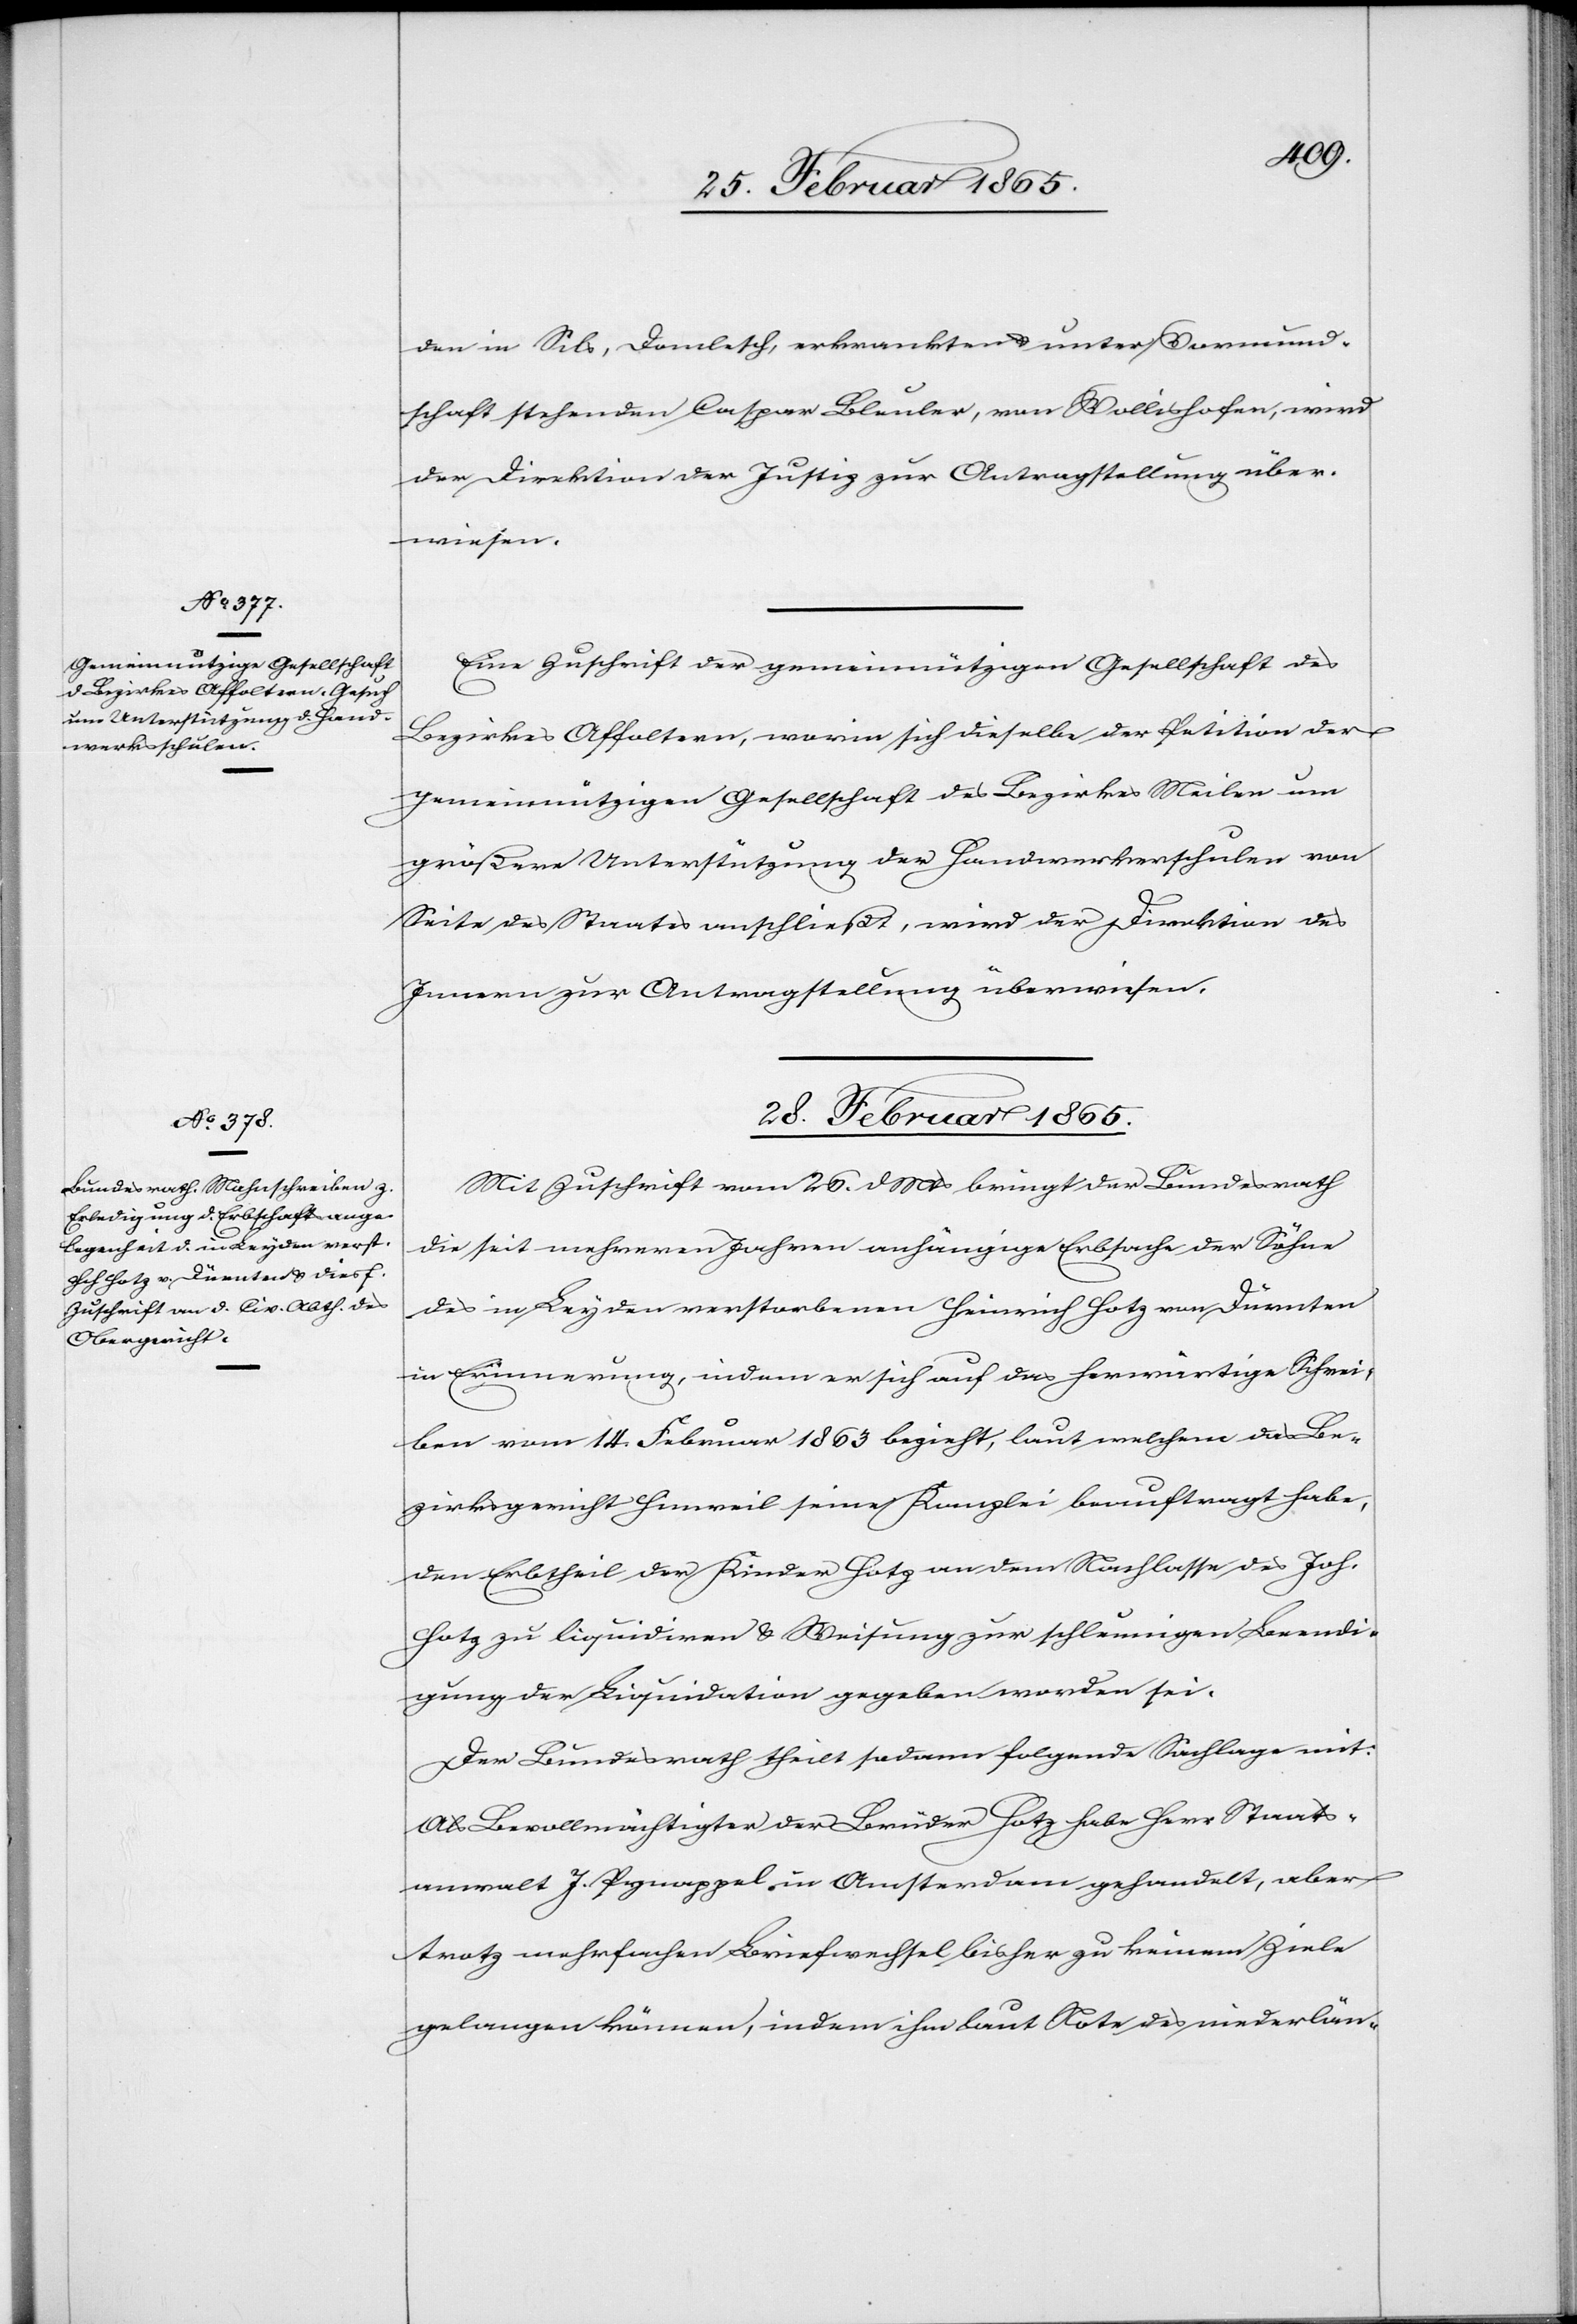
Vormund¬
schaft stehenden Caspar Bleuler, von Wollishofen, wird
der Direktion der Justiz zur Antragstellung über¬
wiesen.
Eine Zuschrift der gemeinnützigen Gesellschaft des
Bezirkes Affoltern, worin sich dieselbe der Petition der
gemeinnützigen Gesellschaft des Bezirkes Meilen um
größere Unterstützung der Handwerkerschulen von
Seite des Staates anschließt, wird der Direktion des
Innern zur Antragstellung überwiesen.
28. Februar 1865.
Mit Zuschrift vom 26. d Mts bringt der Bundesrath
die seit mehreren Jahren anhängige Erbsache der Söhne
des in Leyden verstorbenen Heinrich Hotz von Dürnten
in Erinnerung, indem er sich auf das herwärtige Schrei¬
ben vom 14. Februar 1863 bezieht, laut welchem das Be¬
zirksgericht Hinweil seine Kanzlei beauftragt habe,
den Erbtheil der Kinder Hotz an dem Nachlasse des Joh.
Hotz zu liquidiren u. Weisung zur schleunigen Beendi¬
gung der Liquidation gegeben worden sei.
Der Bundesrath theilt sodann folgende Sachlage mit:
Als Bevollmächtigter der Brüder Hotz habe Herr Staats¬
anwalt J. Pynappel in Amsterdam gehandelt, aber
trotz mehrfachen Briefwechsel bisher zu keinem Ziele
gelangen können, indem ihm laut Note des niederlän-